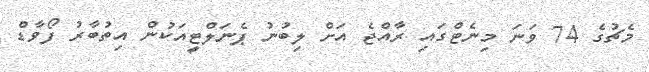
މެޗުގެ 74 ވަނަ މިނެޓްގައި ރާއްޖެ އަށް ލިބުނު ޕެނަލްޓީއަކުން އިތުބާރު ފޯވާޑް